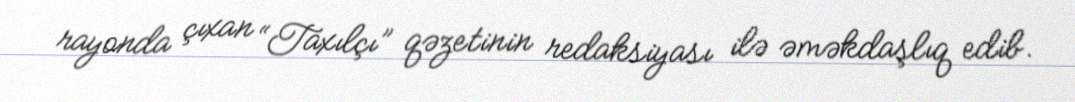
rayonda çıxan “Taxılçı” qəzetinin redaksiyası ilə əməkdaşlıq edib.